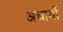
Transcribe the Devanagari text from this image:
अचार्यो